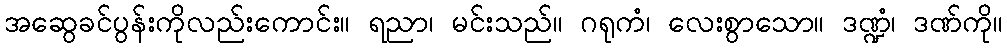
အဆွေခင်ပွန်းကိုလည်းကောင်း။ ရညာ၊ မင်းသည်။ ဂရုကံ၊ လေးစွာသော။ ဒဏ္ဍံ၊ ဒဏ်ကို။